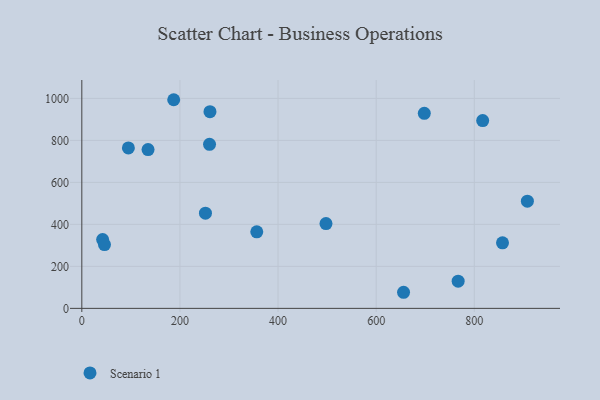
{"axis": {"x": "Speed", "y": "Exam Score"}, "legend": ["Scenario 1"], "data": [{"x": "698.1", "y": 928.8, "type": "Scenario 1"}, {"x": "252.0", "y": 453.5, "type": "Scenario 1"}, {"x": "655.8", "y": 76.6, "type": "Scenario 1"}, {"x": "497.7", "y": 403.9, "type": "Scenario 1"}, {"x": "817.1", "y": 894.6, "type": "Scenario 1"}, {"x": "356.6", "y": 364.6, "type": "Scenario 1"}, {"x": "260.3", "y": 781.2, "type": "Scenario 1"}, {"x": "857.5", "y": 312.0, "type": "Scenario 1"}, {"x": "42.4", "y": 327.7, "type": "Scenario 1"}, {"x": "135.0", "y": 756.4, "type": "Scenario 1"}, {"x": "767.1", "y": 129.6, "type": "Scenario 1"}, {"x": "187.3", "y": 993.8, "type": "Scenario 1"}, {"x": "908.2", "y": 510.6, "type": "Scenario 1"}, {"x": "261.2", "y": 936.8, "type": "Scenario 1"}, {"x": "46.2", "y": 303.7, "type": "Scenario 1"}, {"x": "94.9", "y": 764.4, "type": "Scenario 1"}]}